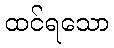
ထင်ရသော